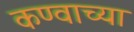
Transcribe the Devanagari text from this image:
कण्वाच्या